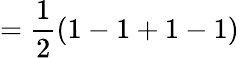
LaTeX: =\frac{1}{2}(1-1+1-1)